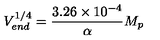
V _ { e n d } ^ { 1 / 4 } = { \frac { 3 . 2 6 \times 1 0 ^ { - 4 } } { \alpha } } M _ { p }